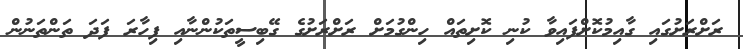
ރަށްރަށުގައި ގާއިމުކޮށްފައިވާ ކުނި ކޮށިތައް ހިންގުމަށް ރަށްރަށުގެ ގޭބިސީތަކުންނާއި ފިހާރަ ފަދަ ތަންތަނުން